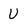
Character: U